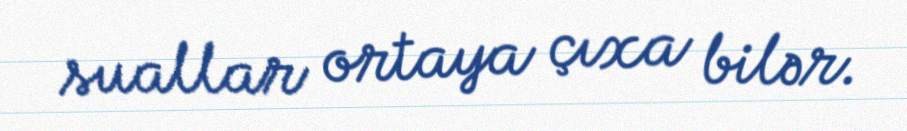
suallar ortaya çıxa bilər.